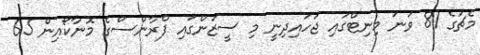
މެޗުގެ 81 ވަަނަ މިނިޓްގައި ޖަހައިދިނީ މި ސީޒަންގައި ފްރާންސްގެ މޮނާކޯއިން 65